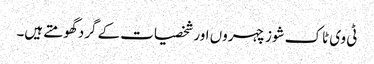
ٹی وی ٹاک شوز چہروں اور شخصیات کے گرد گھومتے ہیں۔